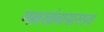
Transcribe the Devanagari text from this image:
मल्लखांबासारख्या